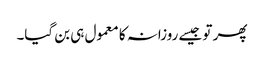
پھر تو جیسے روزانہ کا معمول ہی بن گیا۔